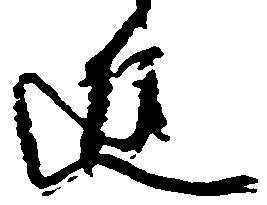
進